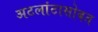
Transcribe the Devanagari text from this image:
अटलांटासोबत